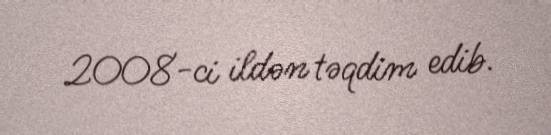
2008-ci ildən təqdim edib.